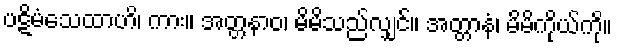
ပဋိမံသေထာဟိ၊ ကား။ အတ္တနာဝ၊ မိမိသည်လျှင်။ အတ္တာနံ၊ မိမိကိုယ်ကို။